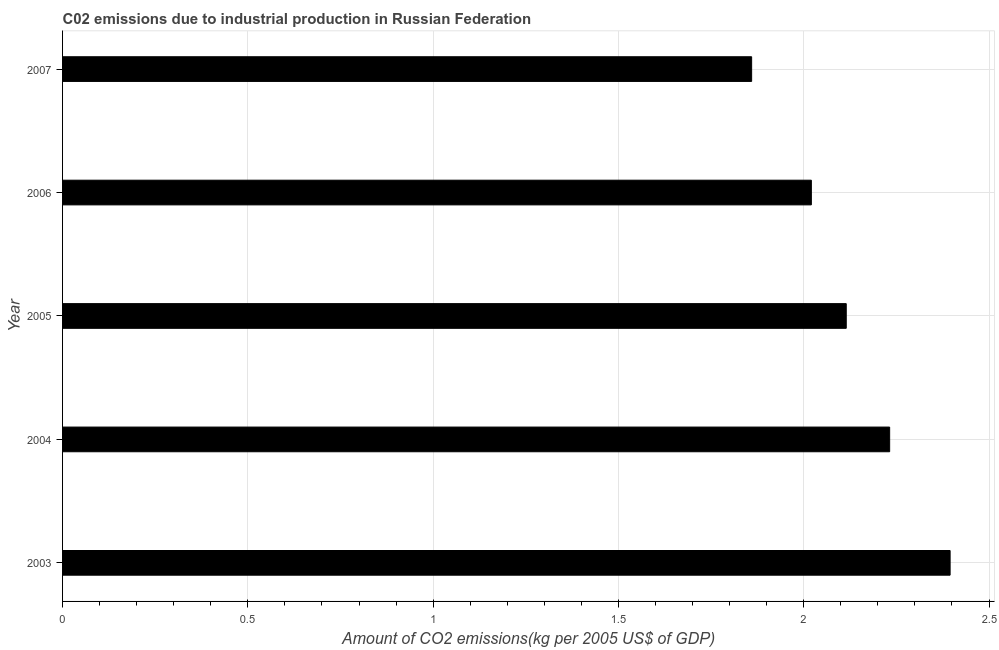
| Year | CO2 emissions  |
 | --- | --- |
 | 2003 | 2.39 |
 | 2004 | 2.23 |
 | 2005 | 2.11 |
 | 2006 | 2.02 |
 | 2007 | 1.86 |